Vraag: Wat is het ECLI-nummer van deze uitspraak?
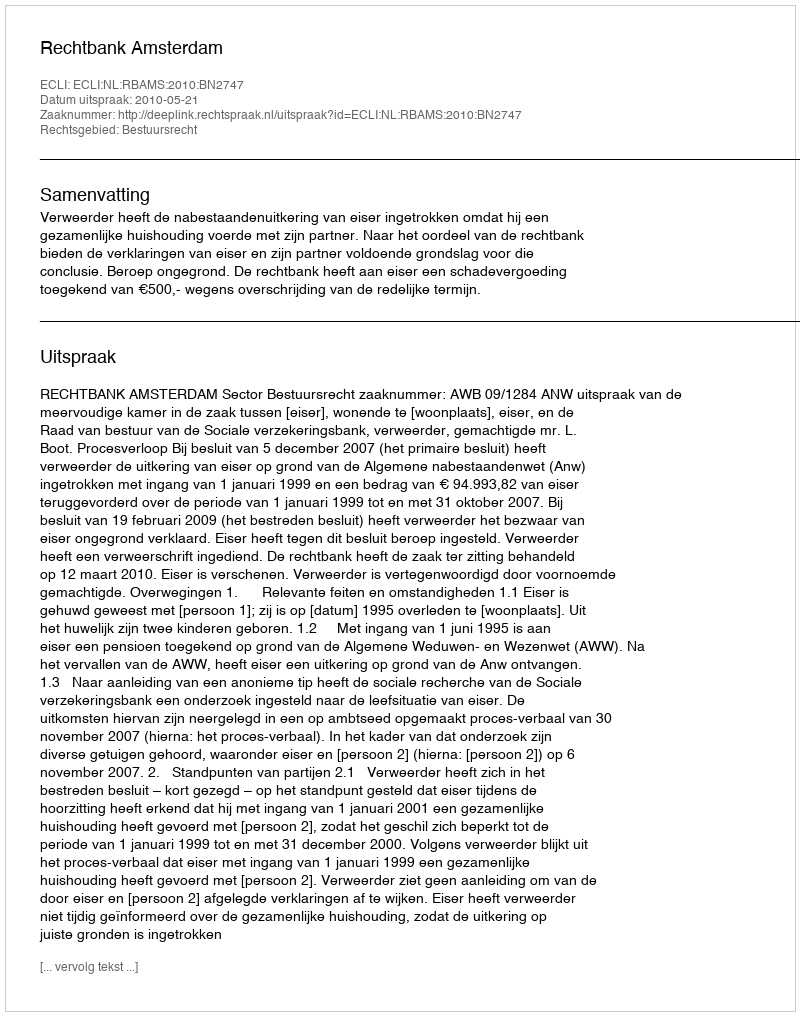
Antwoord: ECLI:NL:RBAMS:2010:BN2747